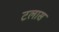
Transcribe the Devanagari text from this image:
टलास